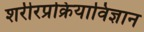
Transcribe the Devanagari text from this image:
शरीरप्रक्रियाविज्ञान